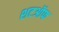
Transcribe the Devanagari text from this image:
शटऑफ